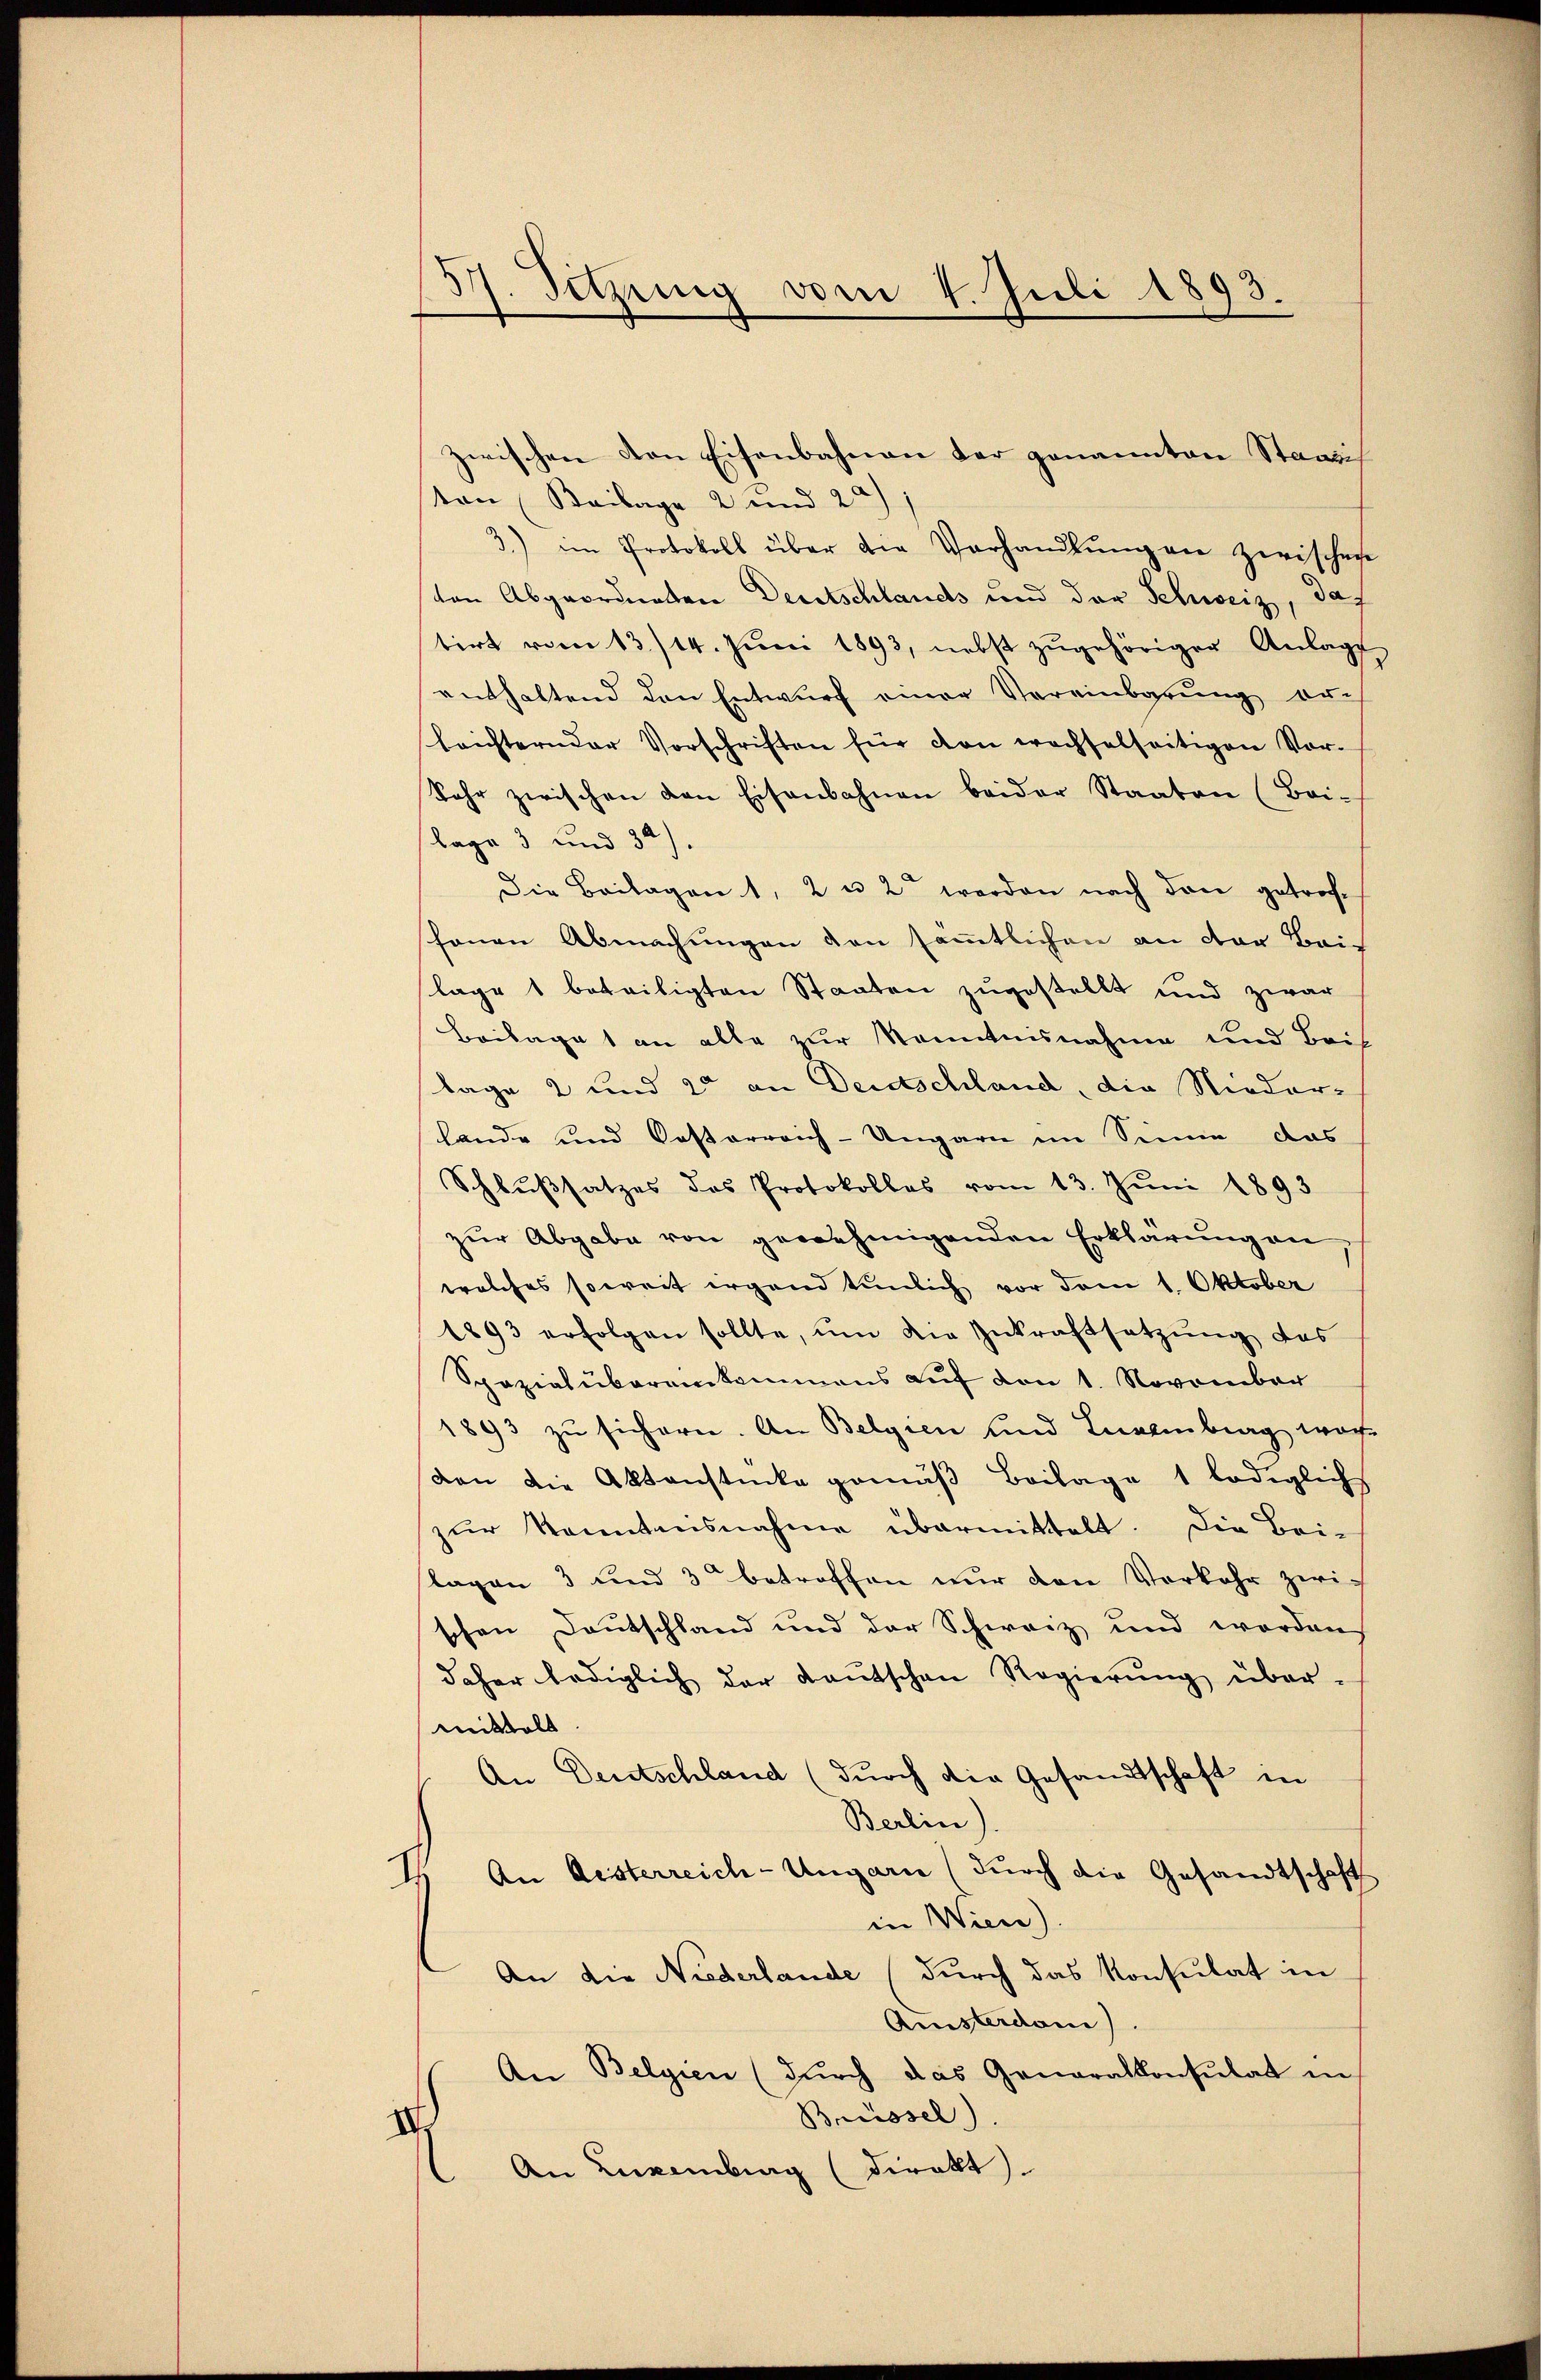
d

57. Setzung vom 4. Juli 1893.

zwischen von Eisenbahnen der genannten Staats
ton (Beilage 2 und 20)
3.) im Protokoll über die Verhandlŭng an zwischen
ten Abgeordneten Deutschlands und der Schweiz, das
tirt vom 13./14. Juni 1893, nebst zugehöriger Anlag
53
enthaltend den Entwŭrf einer Vereinbarŭng er-
lrichternder Vorschriften für von wachselseitigen Vor-
Sehr zwischen den Eisenbahnen beider Staaten (Bai-
lage 3 und 32).
Die Beilagen 1, 2 u. 2 werden nach den getroffenen Abmachungen den sämmtlichen an der Bei-
lage 1 beteiligten Staaten zugestellt und zwar
Beilage 1 an alle zur Kenntnisnahme und Beis
lage 2 und 20 an Deutschland, die Niederlande und Posterreich-Ungarn im Sinne das
Schlußsatzes des Protokolles vom 13. Jŭni 1893
zur Abgabe von genehmigenden Erklärung an
welches soweit irgend tümlich vor dem 1. Oktober
1893 erfolgen sollte, ŭm die Inkraftsetzŭng des
Spezialubereinkommens auf von 1. November
1893 zu sichern. An Belgien und Levenberg woche
von die Aktenstücke gemäß Beilage 1 lediglich
zur Kenntnisnahme übermittelt. Die Bei-
flagen 3 und 3 betroffen nur den Vorkehr zwischen Deutschland und der Schweiz und worden
daher lediglich der Baŭtschen Regierŭng über-
mittels
An Deutschland (durch die Gesandtschaft in
Berlin)
4) An desterreich-Ungarn (durch die Gesandtschaft
in Wien).
 An die Niederlande (durch das Konsulat in
Amsterdani)
An Belgien (durch das Generalkonsulat in
Brüssel)
.
An Luxenburg (direkt